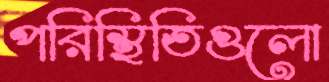
পরিস্থিতিগুলো